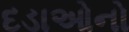
દડાઓનો